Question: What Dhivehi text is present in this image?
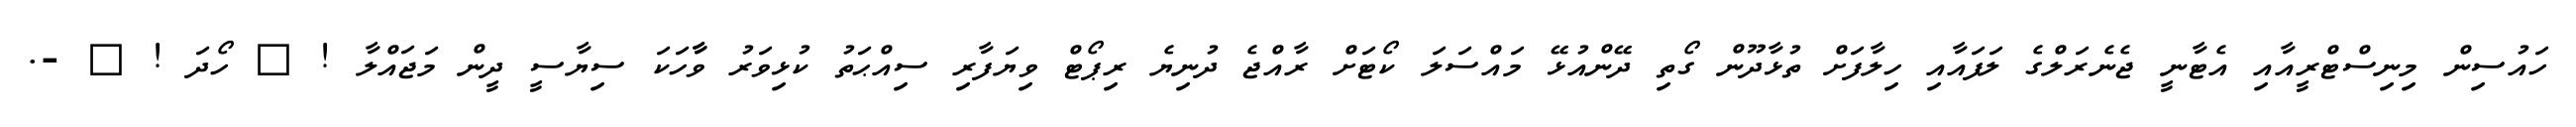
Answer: ހައުސިން މިނިސްޓްރީއާއި އެޓާނީ ޖެނެރަލްގެ ލަފައާއި ހިލާފަށް ތުޅާދޫން ގޯތި ދޭންއުޅޭ މައްސަލަ ކޯޓަށް ރާއްޖެ ދުނިޔެ ރިޕޯޓް ވިޔަފާރި ސިއްޙަތު ކުޅިވަރު ވާާހަކަ ސިޔާސީ ދީން މަޖައްލާ ! ? ހޯދަ ! ? -.